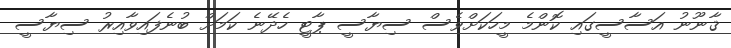
ޤާނޫނު އަސާސީގައި ކޮންމެ މީހަކަށްވެސް ސިޔާސީ ޕާޓީ ހެދޭނެ ކަމަށް ބުނެފައިވާއިރު ސިޔާސީ